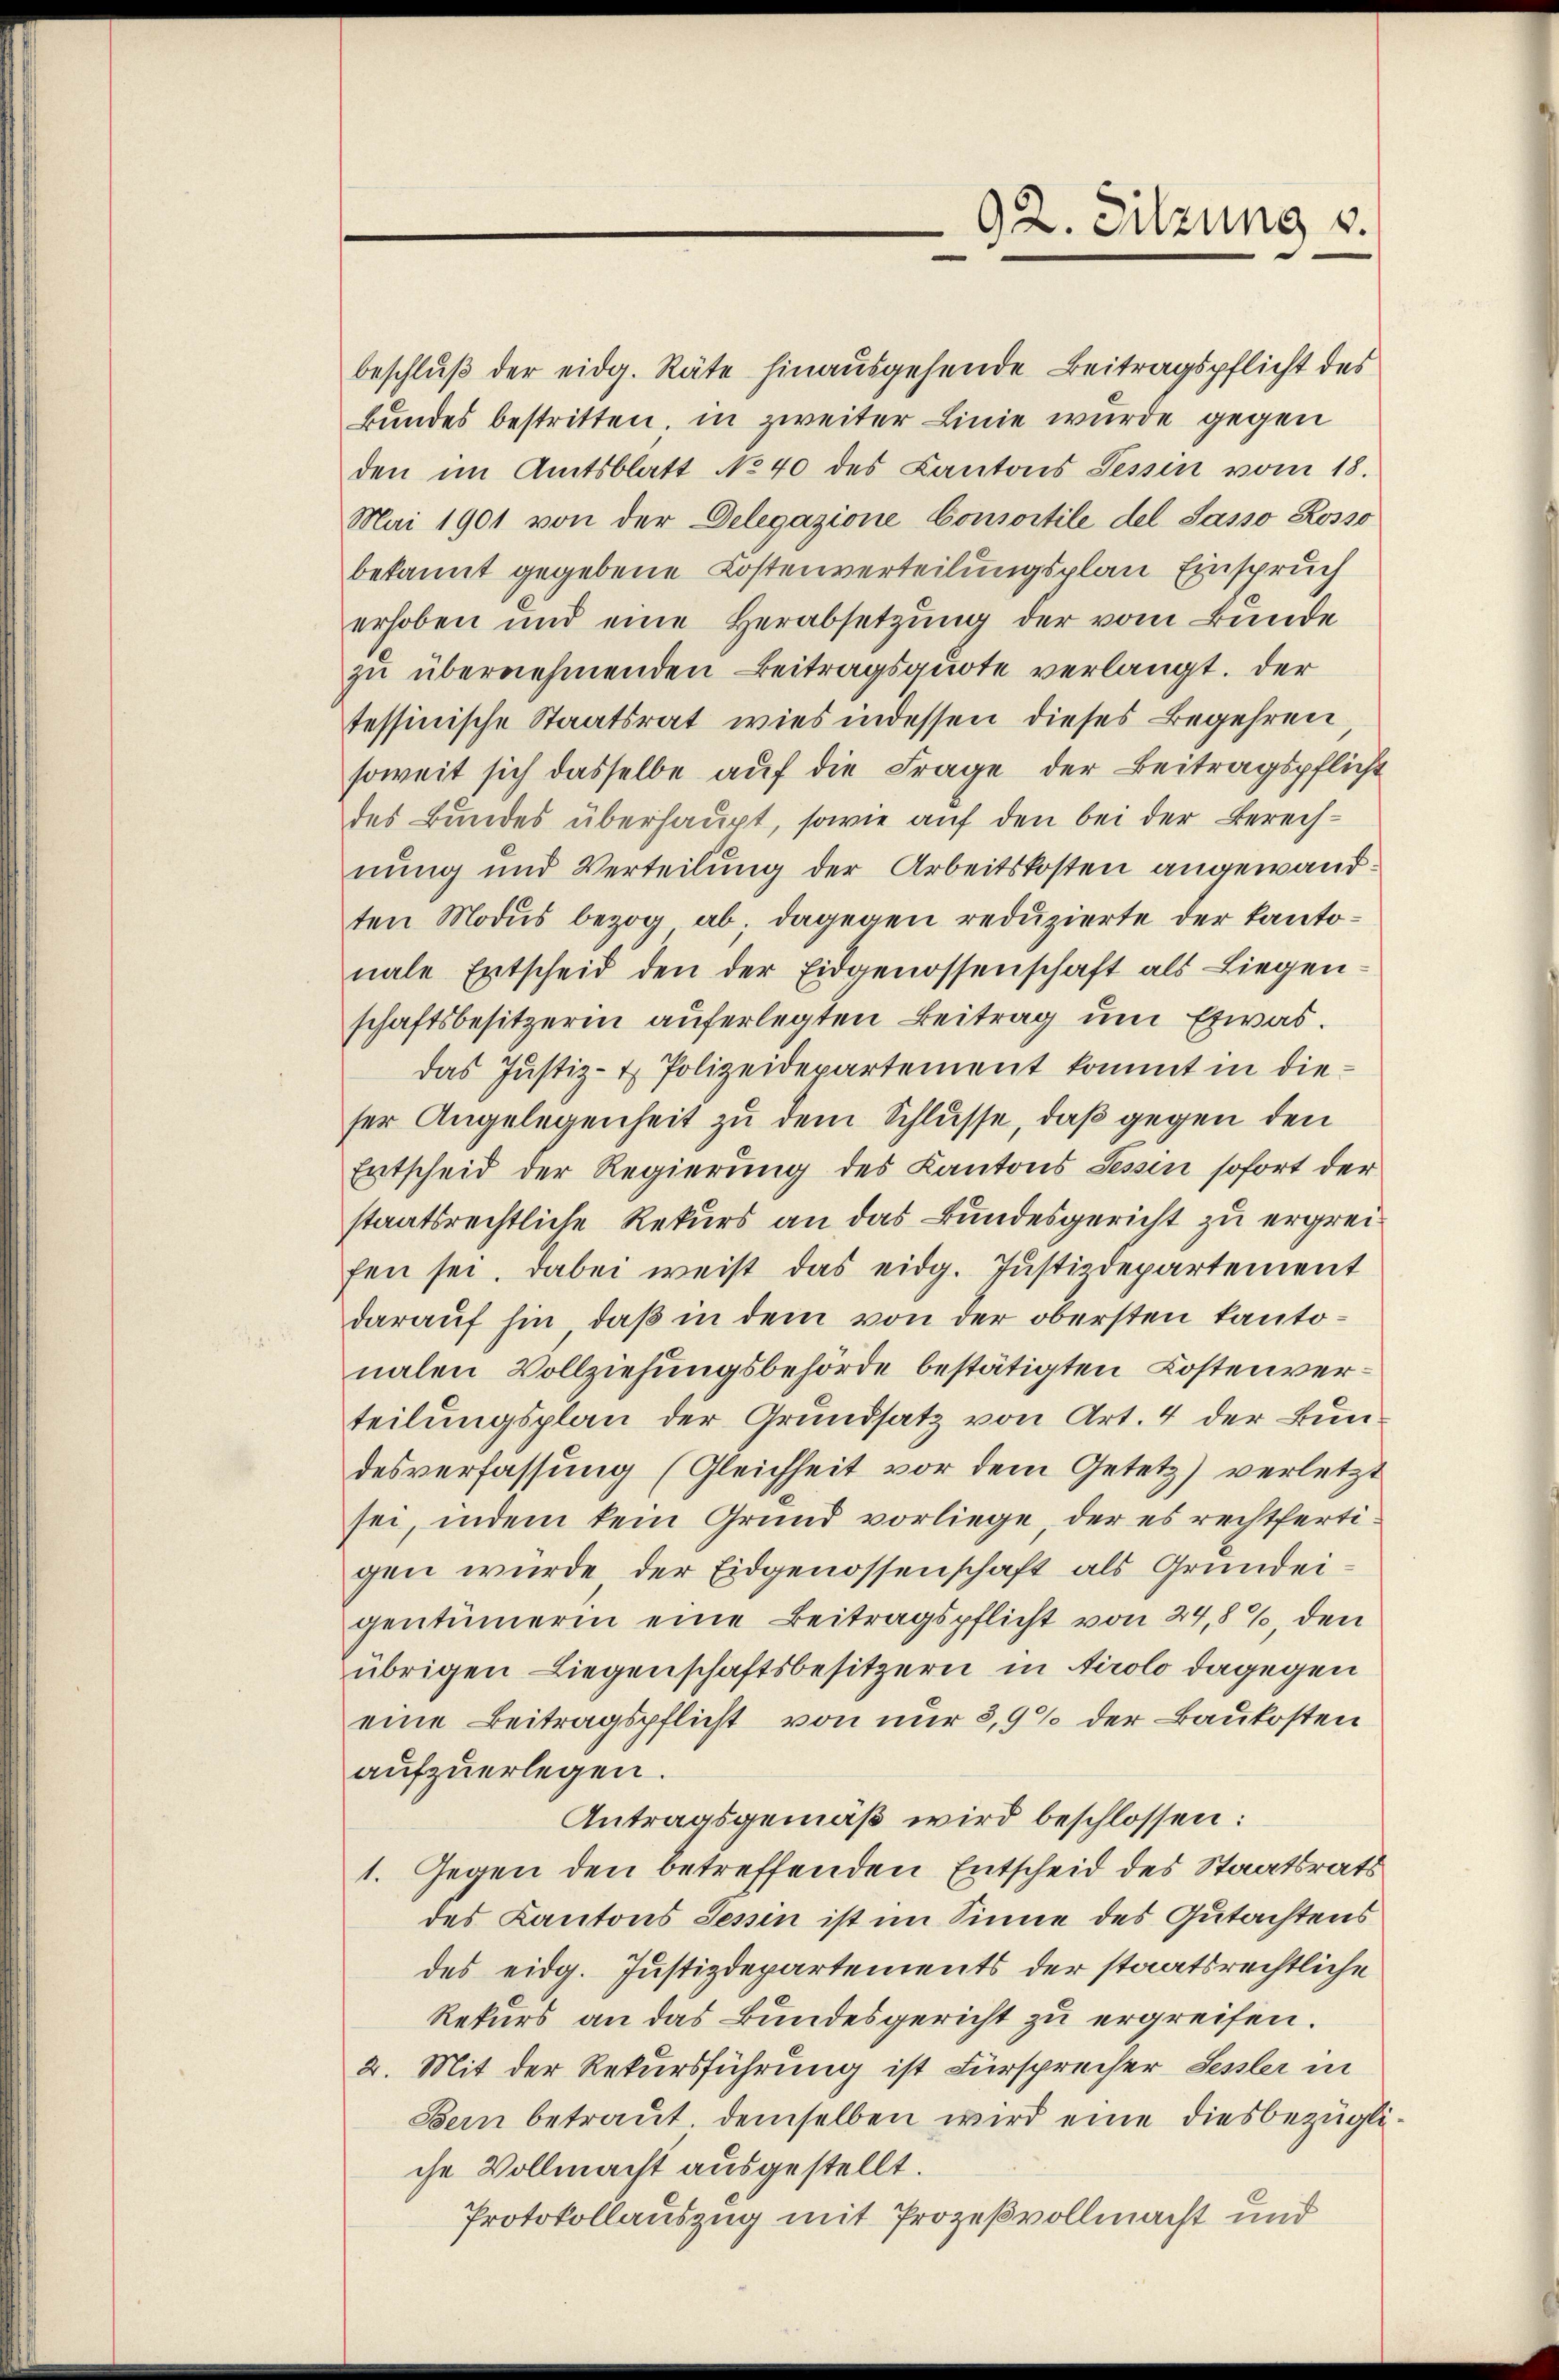
92. Sitzung 3.

beschluß der eidg. Räte hinausgehende Beitragspflicht des
Bundes bestritten, in zweiter Linie wurde gegen
den im Amtsblatt No 40 des Kantons Tessin vom 18.
Mai 1901 von der Delegazione Consortile del Sasso Rosso
bekannt gegebene Kostenverteilungsplan Einspruch
erhoben und eine Herabsetzung der vom Bunde
zu übernehmenden Beitragsquote verlangt. Der
tessinische Staatsrat wies indessen dieses Begehren,
soweit sich dasselbe aŭf die Frage der Beitragspflicht
des Bundes überhaupt, sowie auf den bei der Berechnung und Verteilung der Arbeitskosten angewandten Modus bezog ab; dagegen reduzierte der Kantonale Entscheid den der Eidgenossenschaft als Liegen
schaftsbesitzerin auferlegten Beitrag ŭm Etwas.
das Justiz- & Polizeidepartement kommt in dieser Angelegenheit zu dem Schlüsse, daß gegen den
Entscheid der Regierung des Kantons Tessin sofort der
staatsrechtliche Rekurs an das Bundesgericht zu ergreifen sei. Dabei weis das eidg. Justizdepartement
darauf hin, daß in dem von der obersten Kantonalen Vollziehungsbehörde bestätigten Kostenverteilungsplan der Grundsatz von Art. 4 der Bundesverfassung (Gleichheit vor dem Gesetz) verletzt
sei, indem kein Grund vorliege, der es rechtfertigen wurde der Eidgenossenschaft als Grundeigentümerin eine Beitragspflicht von 24,8%, den
übrigen Liegenschaftsbesitzern in Airolo dagegen
eine Beitragspflicht von nur 3,9% der Baukosten
aufzuerlegen.
Antragsgemäß wird beschlossen:
1. Gegen den betreffenden Entscheid des Staatsrats
des Kantons Tessin ist im Sinne des Gutachtens
des eidg. Justizdepartements der staatsrechtliche
Rekurs an das Bundesgericht zu ergreifen.
2. Mit der Rekursführung ist Fürsprecher Sessler in
Bern betraŭt. demselben wird eine diesbezügliche Vollmacht ausgestellt.
Protokollauszug mit Prozeßvollmacht und